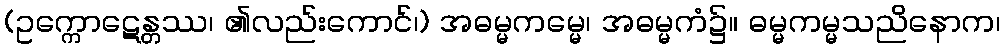
(ဥက္ကောဋေန္တဿ၊ ၏လည်းကောင်၊) အဓမ္မကမ္မေ၊ အဓမ္မကံ၌။ ဓမ္မကမ္မသညိနောက၊